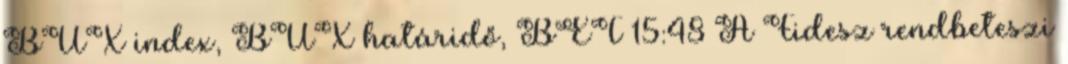
BUX index, BUX határidő, BÉT 15:48 A Fidesz rendbeteszi